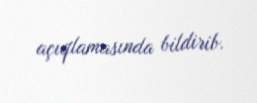
açıqlamasında bildirib.